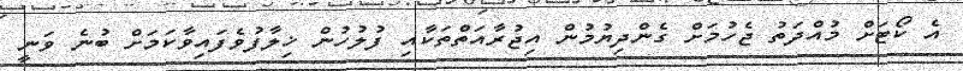
އެ ކޯޓަށް މުއްދަތު ޖެހުމަށް ގެންދިޔުމުން އިޖުރާއަތްތަކާއި ފުލުހުން ޚިލާފުވެފައިވާކަމަށް ބުނެ ވަނީ